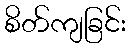
စိတ်ကျခြင်း